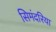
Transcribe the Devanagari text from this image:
सिमंदरिया